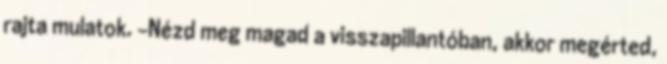
rajta mulatok. -Nézd meg magad a visszapillantóban, akkor megérted,